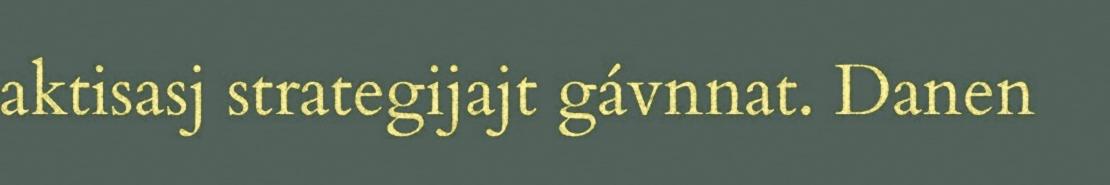
aktisasj strategijajt gávnnat. Danen